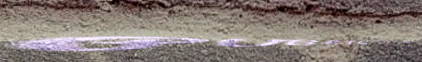
PUBLIC RESTROOM